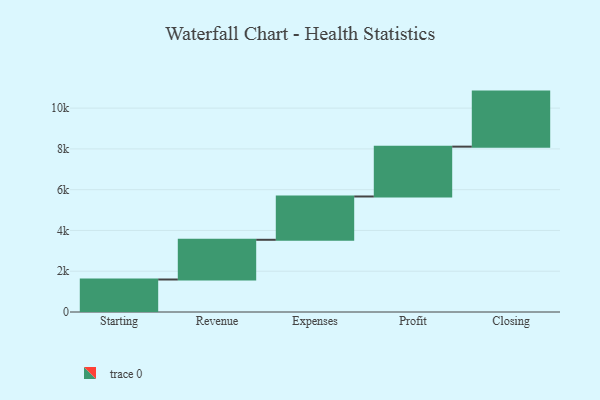
{"axis": {"x": "Step", "y": "Value"}, "legend": [""], "data": [{"x": "Starting", "y": 1594.0, "type": ""}, {"x": "Revenue", "y": 1948.0, "type": ""}, {"x": "Expenses", "y": 2124.0, "type": ""}, {"x": "Profit", "y": 2445.0, "type": ""}, {"x": "Closing", "y": 2700.0, "type": ""}]}